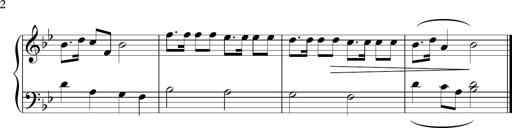
Title: Sonatina n.2
Composer: Tatiana Stankovych
Key: B-flat major